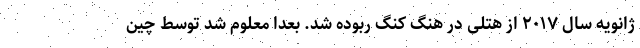
ژانویه سال ۲۰۱۷ از هتلی در هنگ کنگ ربوده شد. بعدا معلوم شد توسط چین